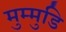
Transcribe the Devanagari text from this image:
मुम्मुडि